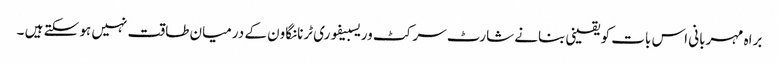
براہ مہربانی اس بات کو یقینی بنانے شارٹ سرکٹ وریسبیفوری ٹرنانگاون کے درمیان طاقت نہیں ہو سکتے ہیں ۔